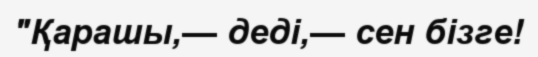
"Қарашы,— деді,— сен бізге!